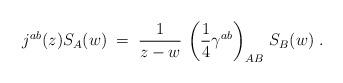
LaTeX: \begin{align*}j^{ab}(z)S_{A}(w) \;=\; \frac{1}{z-w}\, \left(\frac{1}{4}\gamma^{ab}\right)_{AB}\, S_{B}(w) \; .\end{align*}